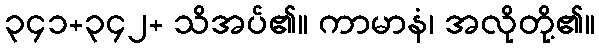
၃၄၁+၃၄၂+ သိအပ်၏။ ကာမာနံ၊ အလိုတို့၏။